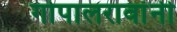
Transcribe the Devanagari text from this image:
गोपालरावांनी